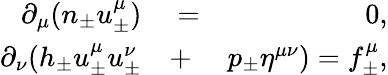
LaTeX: \begin{array}{rlr}{\partial_{\mu}(n_{\pm}u_{\pm}^{\mu})}&{{}=}&{0,}\\ {\partial_{\nu}(h_{\pm}u_{\pm}^{\mu}u_{\pm}^{\nu}}&{{}+}&{p_{\pm}\eta^{\mu\nu})=f_{\pm}^{\mu},}\end{array}